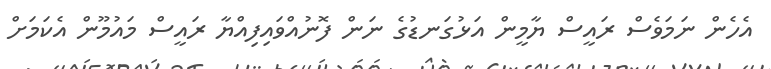
އެހެން ނަމަވެސް ރައީސް ޔާމީން އަޅުގަނޑުގެ ނަން ފޮނުއްވައިފިއްޔާ ރައީސް މައުމޫން އެކަމަށް